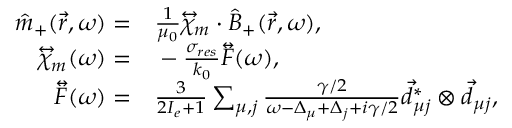
\begin{array} { r l } { \hat { m } _ { + } ( \vec { r } , \omega ) = } & { { } \frac { 1 } { \mu _ { 0 } } \overleftrightarrow { \chi } _ { m } \cdot \hat { B } _ { + } ( \vec { r } , \omega ) , } \\ { \overleftrightarrow { \chi } _ { m } ( \omega ) = } & { { } - \frac { \sigma _ { r e s } } { k _ { 0 } } \overleftrightarrow { F } ( \omega ) , } \\ { \overleftrightarrow { F } ( \omega ) = } & { { } \frac { 3 } { 2 I _ { e } + 1 } \sum _ { \mu , j } \frac { \gamma / 2 } { \omega - \Delta _ { \mu } + \Delta _ { j } + i \gamma / 2 } \vec { d } _ { \mu j } ^ { * } \otimes \vec { d } _ { \mu j } , } \end{array}